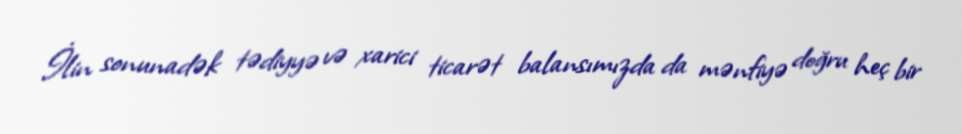
İlin sonunadək tədiyyə və xarici ticarət balansımızda da mənfiyə doğru heç bir